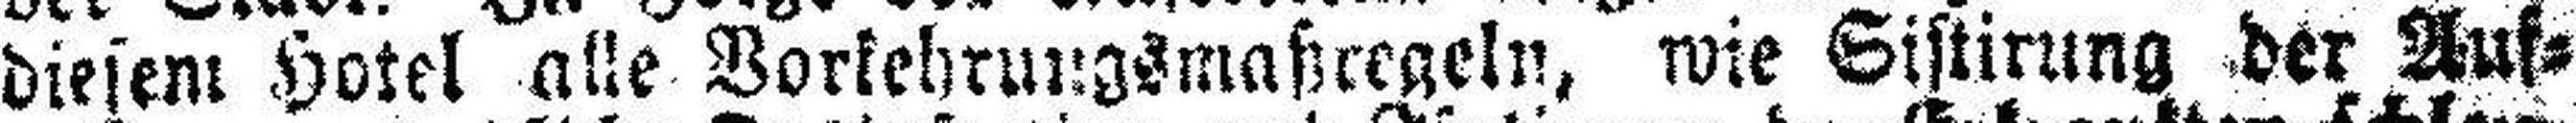
diesem Hotel alle Vorkehrungsmaßregeln, wie Sistirung der Auf¬